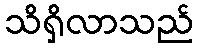
သိရှိလာသည်